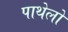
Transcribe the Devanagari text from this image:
पाथेलो